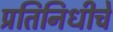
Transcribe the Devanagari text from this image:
प्रतिनिधीचे